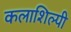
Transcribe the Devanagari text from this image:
कलाशिल्पी